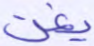
يغن